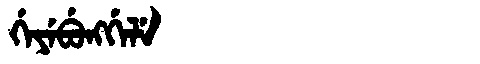
Manchu: ᡤᡝᠶᡝᠪᡠᠩᡤᡝᠯᡝ
Romanization: GEYEBUNGGELE